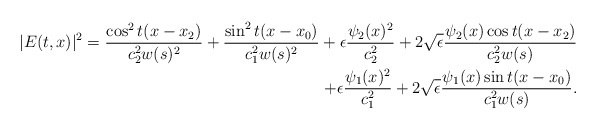
\begin{align*} |E (t,x) |^2 = \frac{\cos ^2 t(x- x_2)}{c_2^2 w(s)^2} + \frac{\sin ^2 t(x- x_0)}{c_1^2 w(s)^2} + \epsilon \frac{\psi_2(x)^2}{c_2^2} + 2\sqrt{\epsilon} \frac{ \psi_2(x) \cos t(x-x_2) }{c_2^2 w(s)} \\ + \epsilon \frac{\psi _1(x)^2}{c_1^2} + 2\sqrt{\epsilon} \frac{ \psi_1 (x) \sin t(x-x_0) }{c_1^2 w(s)}.\end{align*}